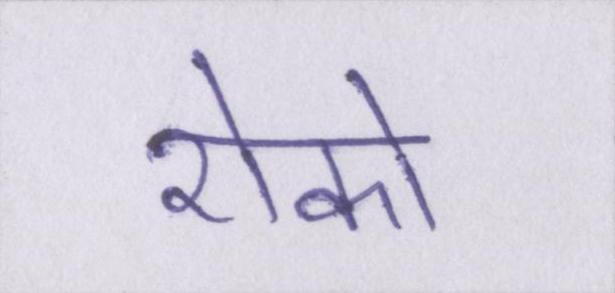
रोको